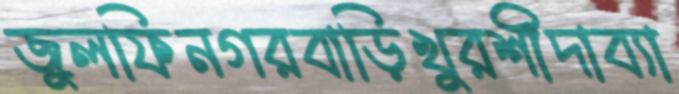
জুলফিনগরবাড়িখুরশীদাব্যা